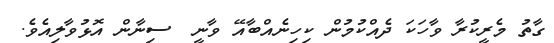
ގާތު މެރީކުރާ ވާހަކަ ދެއްކުމުން ކިހިނެއްބާއޭ ވާނީ  ސިނާން އޮޅުވާލިއެވެ.